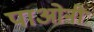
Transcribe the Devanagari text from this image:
पाओनी